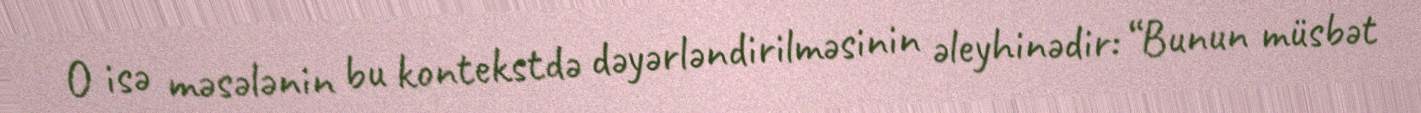
O isə məsələnin bu kontekstdə dəyərləndirilməsinin əleyhinədir: “Bunun müsbət